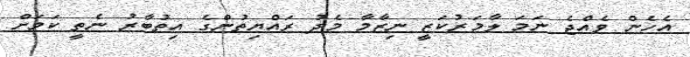
އެހެން ވެއްޖެ ނަމަ ލާމަރުކަޒީ ނިޒާމާ މެދު ރައްޔިތުންގެ އިތުބާރު ނެތީ ކަމަށް